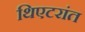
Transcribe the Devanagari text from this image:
थिएटरांत